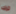
ترك